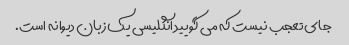
جای تعجب نیست که می گویید انگلیسی یک زبان دیوانه است.